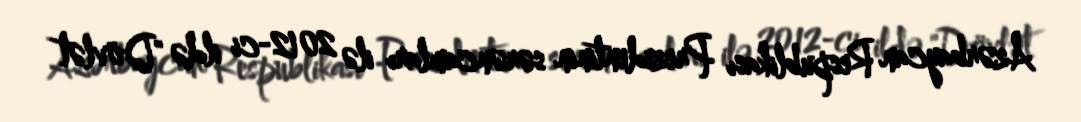
Azərbaycan Respublikası Prezidentinin sərəncamları ilə 2012-ci ildə "Dövlət